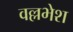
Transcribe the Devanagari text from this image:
वल्लभेश